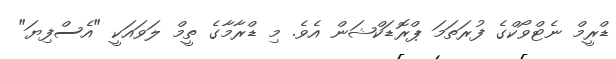
ޑްރީމް ނެޓްވޯކްގެ ފުރަތަމަ ޕްރޮޑަކްޝަން އެވެ. މި ޑްރާމާގެ ތީމް ލަވައަކީ "އެސްފިޔަ"